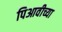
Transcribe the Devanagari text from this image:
पिआवीच्या